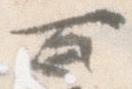
百